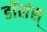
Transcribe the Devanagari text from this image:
डॉसंस्